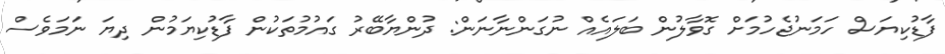
ފާޑުކިޔަސް ހަމަނުޖެހުމަށް ގޮވާލުން ބަލައެއް ނުގަންނާނަން: ދުންޔާބޭރު ގައުމުތަކުން ފާޑުކިޔަމުން ދިޔަ ނަމަވެސް